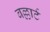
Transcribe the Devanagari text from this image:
बल्लार्ट